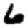
Digit: 6